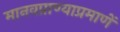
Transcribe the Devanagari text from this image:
मानवप्राण्याप्रमाणें